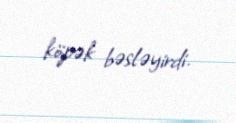
köpək bəsləyirdi.